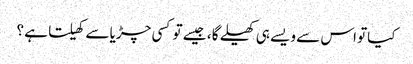
کیاتو اس سے ویسے ہی کھیلے گا ، جیسے تو کسی چڑیا سے کھیلتا ہے ؟